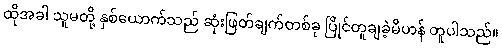
ထိုအခါ သူမတို့ နှစ်ယောက်သည် ဆုံးဖြတ်ချက်တစ်ခု ပြိုင်တူချခဲ့မိဟန် တူပါသည်။